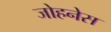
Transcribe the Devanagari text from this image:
जोहनेस